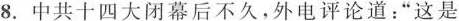
8.中共十四大闭幕后不久，外电评论道：”这是